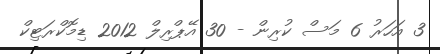
3 އަހަރު 6 މަސް ކުރިން - 30 އޭޕްރިލް 2012 ޑިމޮކްރަޓިކް